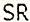
SR